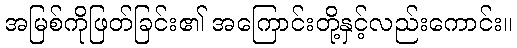
အမြစ်ကိုဖြတ်ခြင်း၏ အကြောင်းတို့နှင့်လည်းကောင်း။